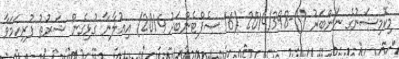
މިކޮމިޝަނުގެ ނަންބަރު ()-2014/398 (16 ސެޕްޓެންބަރު 2014) އިޢުލާނާ ގުޅިގެން ޝަރުޠު ފުރިހަމަވާ